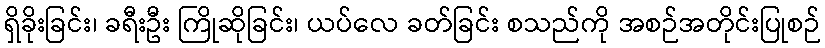
ရှိခိုးခြင်း၊ ခရီးဦး ကြိုဆိုခြင်း၊ ယပ်လေ ခတ်ခြင်း စသည်ကို အစဉ်အတိုင်းပြုစဉ်